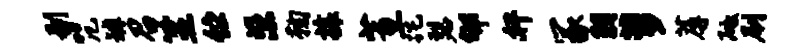
剔咒罅召筮伫梁鞠攘蕙跎瑟郇奸冢羽萝蓐砥刷